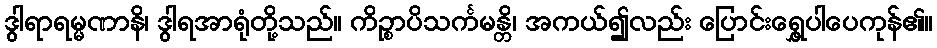
ဒွါရာရမ္မဏာနိ၊ ဒွါရအာရုံတို့သည်။ ကိဉ္စာပိသင်္ကမန္တိ၊ အကယ်၍လည်း ပြောင်းရွှေ့ပါပေကုန်၏။